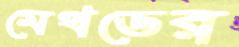
মেথডের